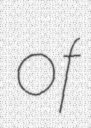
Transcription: of